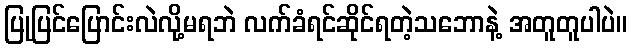
ပြုပြင်ပြောင်းလဲလို့မရဘဲ လက်ခံရင်ဆိုင်ရတဲ့သဘောနဲ့ အတူတူပါပဲ။